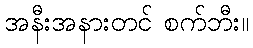
အနီးအနားတင် စက်ဘီး။